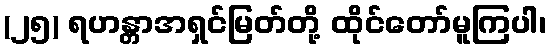
(၂၅) ရဟန္တာအရှင်မြတ်တို့ ထိုင်တော်မူကြပါ၊